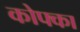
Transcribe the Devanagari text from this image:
कोफ्का